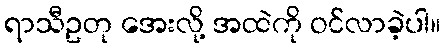
ရာသီဥတု အေးလို့ အထဲကို ဝင်လာခဲ့ပါ။